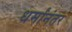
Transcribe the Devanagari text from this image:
धर्मांनंतर